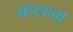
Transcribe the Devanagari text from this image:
कलन।